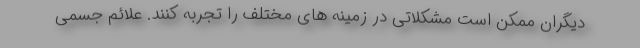
دیگران ممکن است مشکلاتی در زمینه های مختلف را تجربه کنند. علائم جسمی